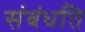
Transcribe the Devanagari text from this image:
संबंधति